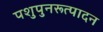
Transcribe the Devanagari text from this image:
पशुपुनरूत्पादन